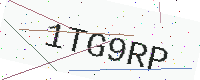
Text: 1TG9RP